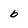
Character: b